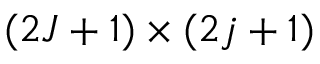
( 2 J + 1 ) \times ( 2 j + 1 )